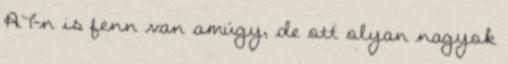
AT-n is fenn van amúgy, de ott olyan nagyok